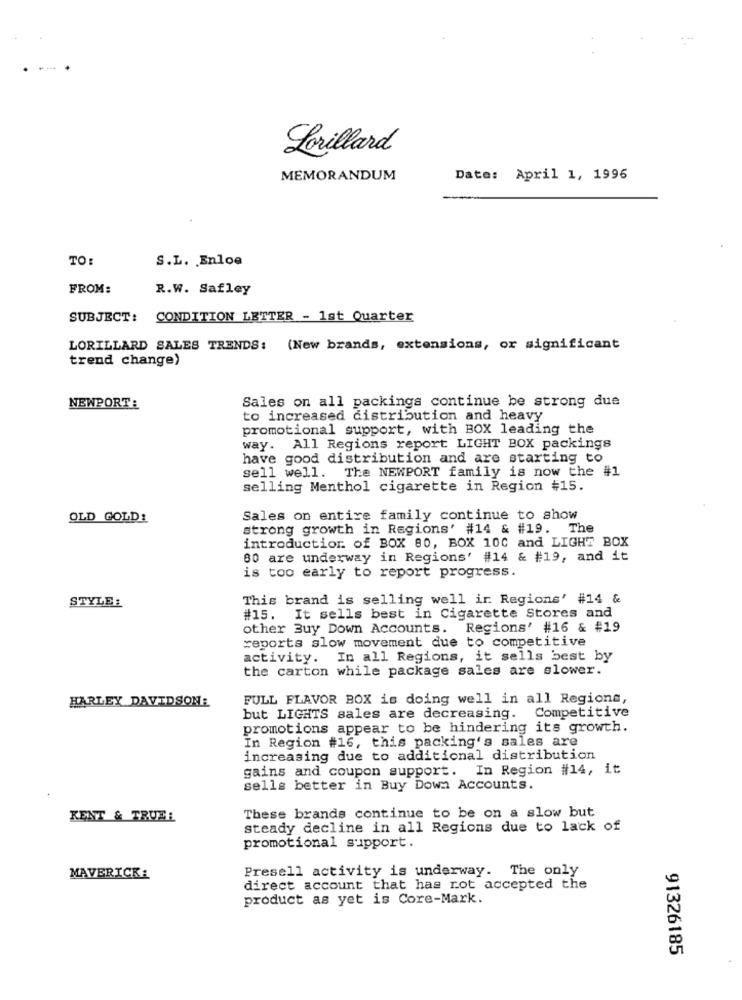
Lorillard
MEMORANDUM
Date: April 1, 1996
TO:
S.L. Enloe
FROM:
R.W. Safley
SUBJECT: CONDITION LETTER - 1st Quarter
LORILLARD SALES TRENDS: (New brands, extensions, or significant
trend change)
Sales on all packings continue be strong due
NEWPORT:
to increased distribution and heavy
promotional support, with BOX leading the
way. All Regions report LIGHT BOX packings
have good distribution and are starting to
sell well. The NEWPORT family is now the #1
selling Menthol cigarette in Region #15.
OLD GOLD!
Sales on entire family continue to show
strong growth in Regions' #14 & #19. The
introduction of BOX 80, BOX 100 and LIGHT BOX
80 are underway in Regions' #14 & #19, and it
is too early to report progress.
STYLE:
This brand is selling well ir Regions' #14 &
#15. It sells best in Cigarette Stores and
other Buy Down Accounts. Regions' #16 & #19
reports slow movement due to competitive
activity. In all Regions, it sells best by
the carton while package sales are slower.
HARLEY DAVIDSON:
FULL FLAVOR BOX is doing well in all Regions,
Competitive
but LIGHTS sales are decreasing.
promotions appear to be hindering its growth.
In Region #16, this packing's sales are
increasing due to additional distribution
gains and coupon support. In Region #14, it
sells better in Buy Down Accounts.
These brands continue to be on a slow but
KENT & TRUEL
steady decline in all Regions due to lack of
promotional support.
Presell activity is underway. The only
MAVERICK:
direct account that has not accepted the
product as yet is Core-Mark.
91326185